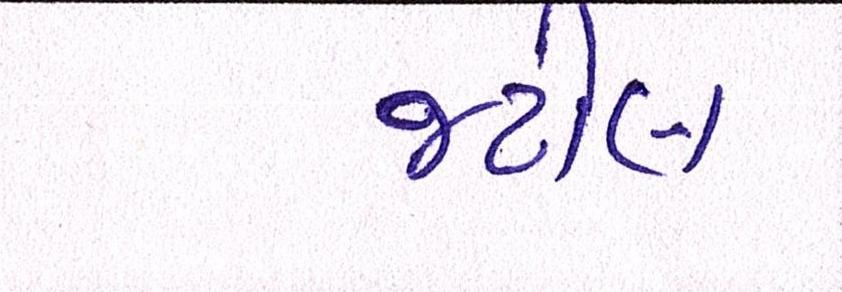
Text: જટીલ